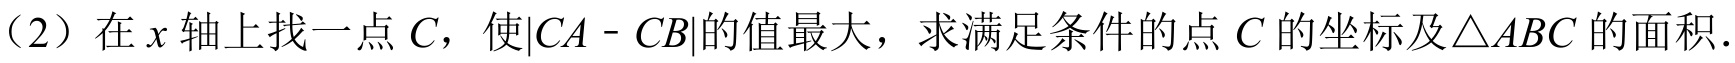
（2）在\(x\)轴上找一点\(C\)，使\(\vert CA - CB\vert\)的值最大，求满足条件的点\(C\)的坐标及\(\triangle ABC\)的面积．